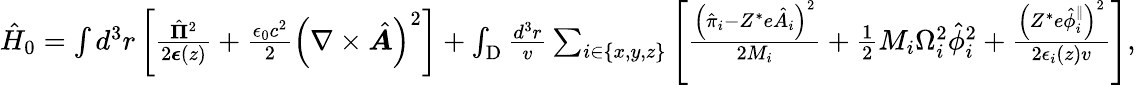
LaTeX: \begin{array}{r}{\hat{H}_{0}=\int d^{3}r\left[\frac{\hat{\boldsymbol{\Pi}}^{2}}{2\boldsymbol{\epsilon}(z)}+\frac{\epsilon_{0}c^{2}}{2}\left(\nabla\times\hat{\boldsymbol{A}}\right)^{2}\right]+\int_{\mathrm{D}}\frac{d^{3}r}{v}\sum_{i\in\{ x,y,z\} }\left[\frac{\left(\hat{\pi}_{i}-Z^{*}e\hat{A}_{i}\right)^{2}}{2M_{i}}+\frac{1}{2}M_{i}\Omega_{i}^{2}\hat{\phi}_{i}^{2}+\frac{\left(Z^{*}e\hat{\phi}_{i}^{\parallel}\right)^{2}}{2\epsilon_{i}(z)v}\right],}\end{array}